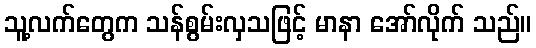
သူ့လက်တွေက သန်စွမ်းလှသဖြင့် မာနာ အော်လိုက် သည်။